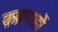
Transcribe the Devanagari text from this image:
क़ब्रगाहों